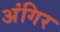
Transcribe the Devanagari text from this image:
अंगिर